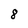
Character: 8